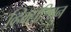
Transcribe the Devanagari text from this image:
व्हिक्टोरियन